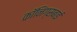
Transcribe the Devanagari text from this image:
कॉनिंग्सबाई